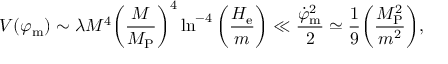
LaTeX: V ( \varphi _ { \mathrm { m } } ) \sim \lambda M ^ { 4 } \biggl ( \frac { M } { M _ { \mathrm { P } } } \biggr ) ^ { 4 } \ln ^ { - 4 } { \biggl ( \frac { H _ { \mathrm { e } } } { m } \biggr ) } \ll \frac { \dot { \varphi } _ { \mathrm { m } } ^ { 2 } } { 2 } \simeq \frac { 1 } { 9 } \biggl ( \frac { M _ { \mathrm { P } } ^ { 2 } } { m ^ { 2 } } \biggr ) ,